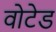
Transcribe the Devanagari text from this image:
वोटेड